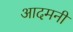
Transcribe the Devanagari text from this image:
आदमनी